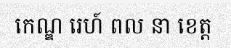
កេណ្ឌ រេហ៍ ពល នា ខេត្ត